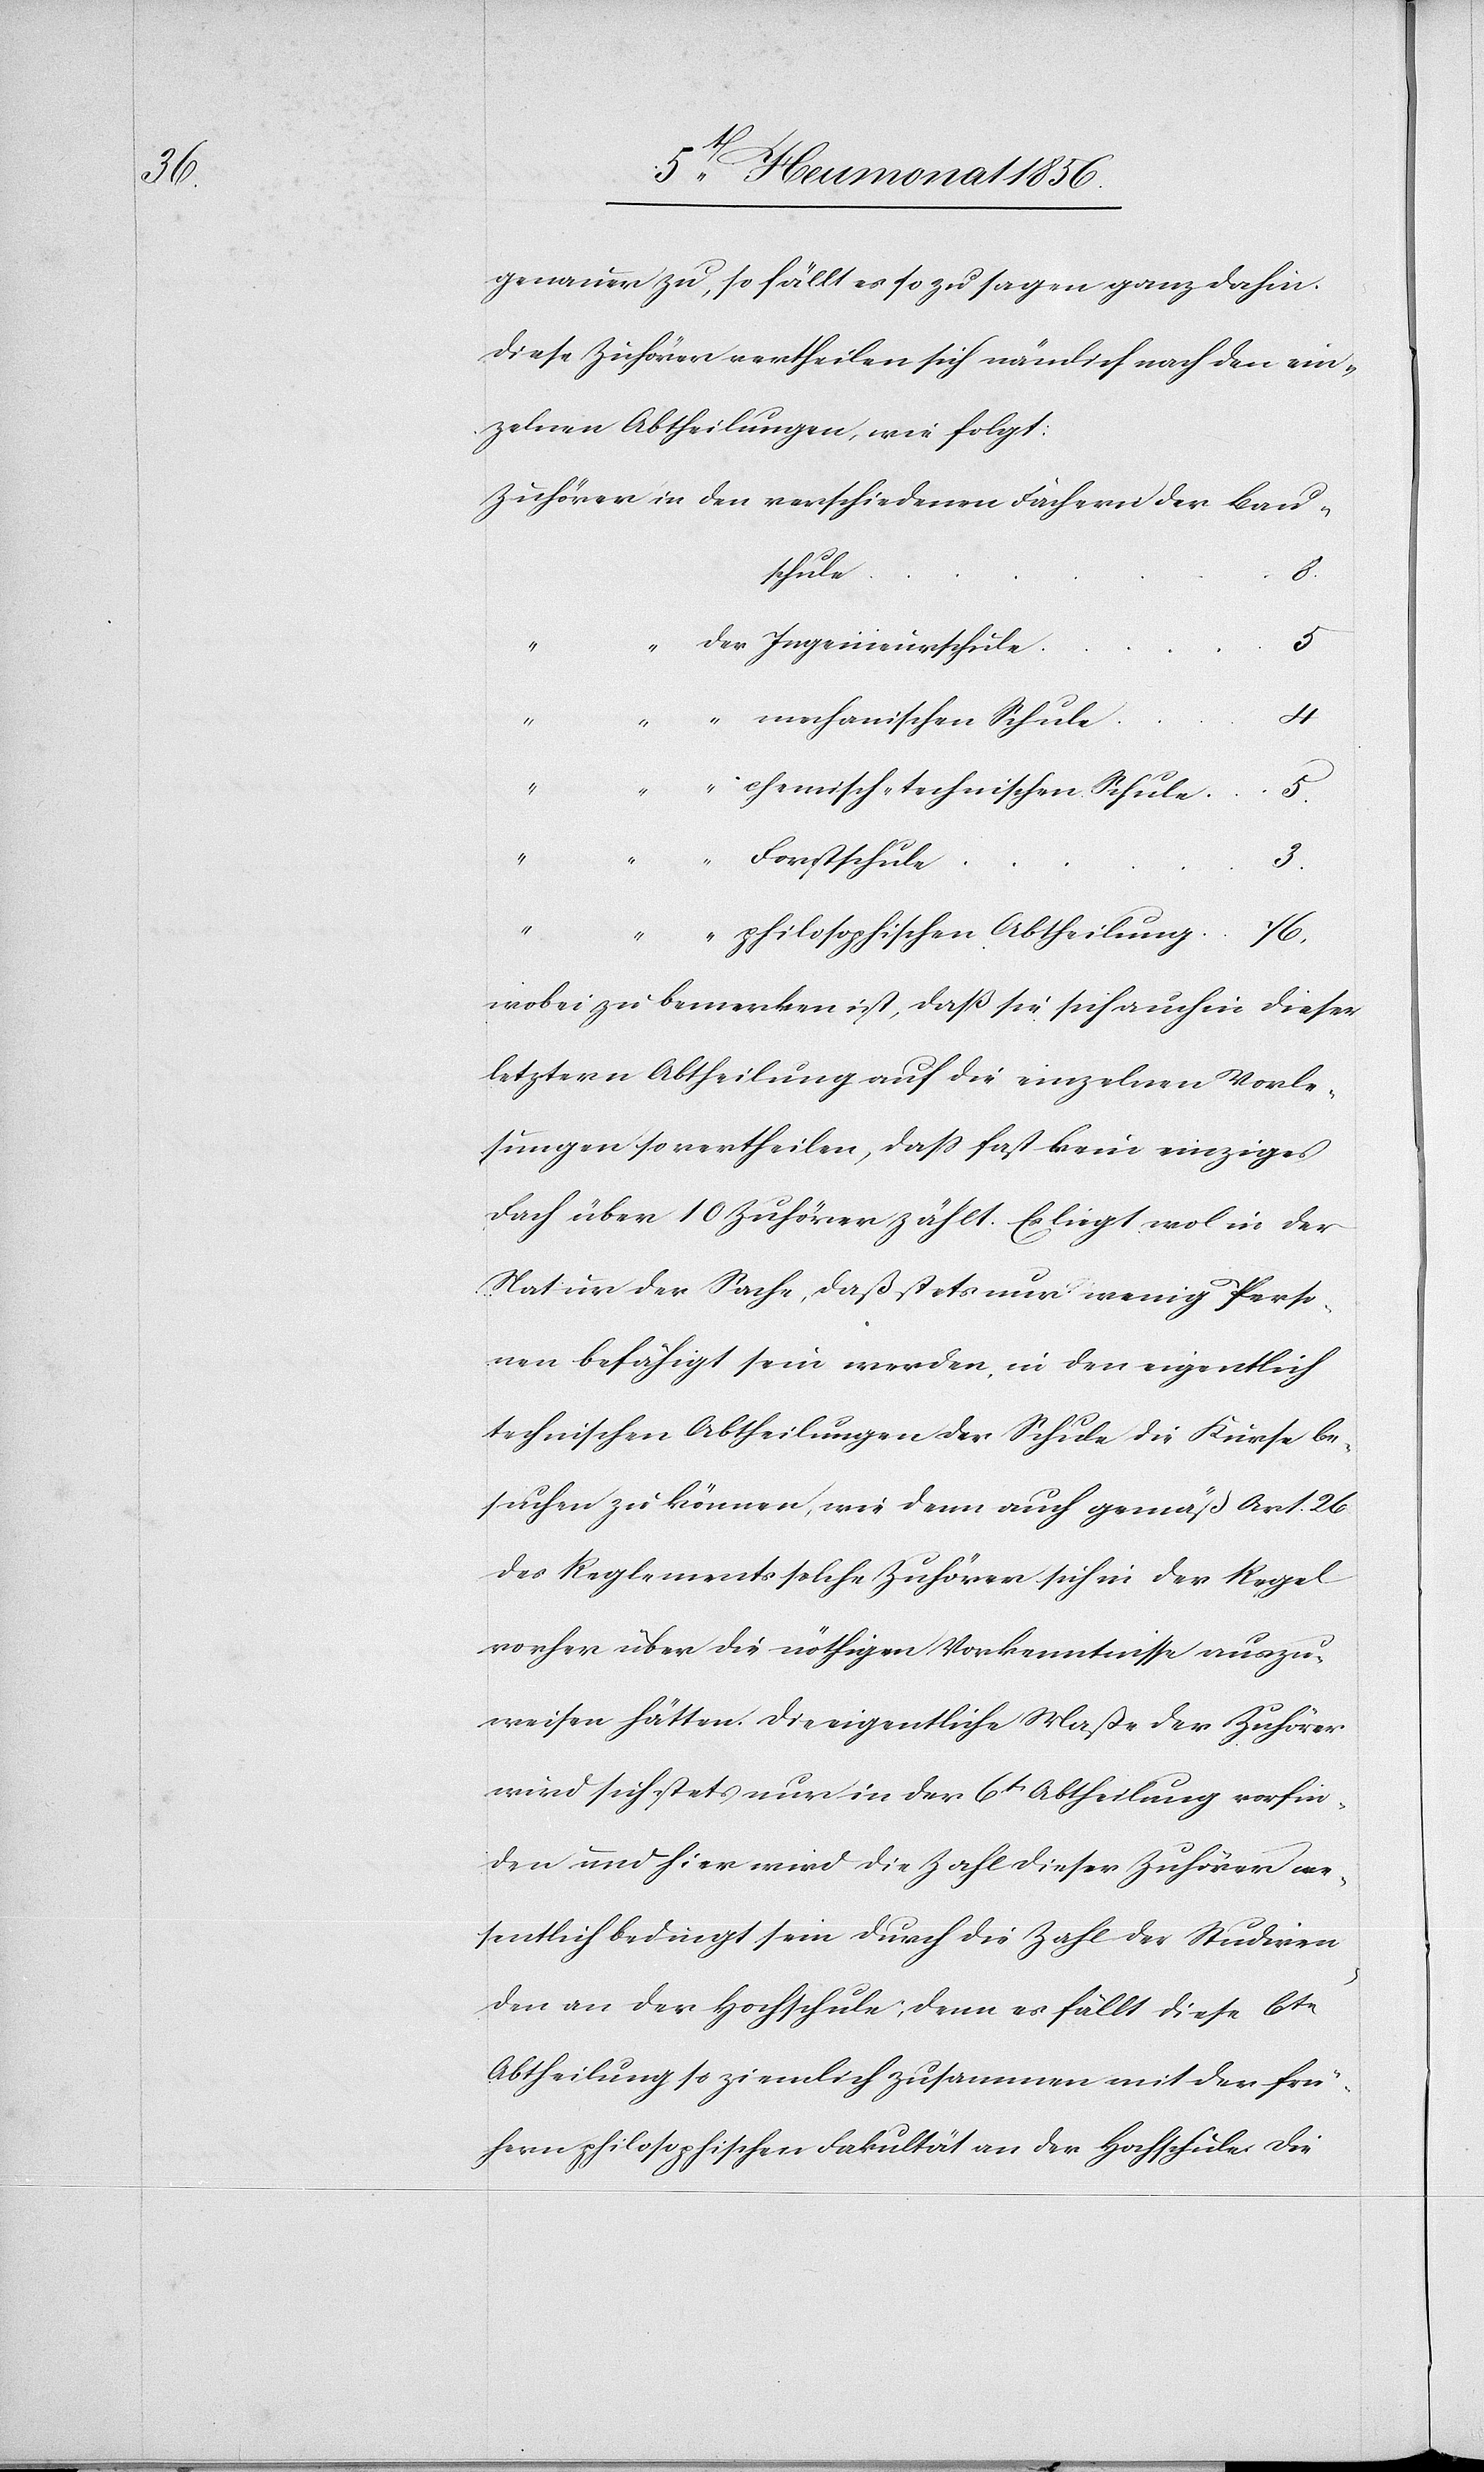
genauer zu, so fällt es so zu sagen ganz dahin.
Diese Zuhörer vertheilen sich nämlich nach den ein¬
zelnen Abtheilungen, wie folgt:
chule
5
mechanischen Schule
chemisch-technischen Schule
5
“
Forstschule
5.
philosophischen Abtheilung
76.
ieurs¬
wobei zu bemerkten ist, dass sie sich auch in dieser
letztern Abtheilung auf die einzelnen Vorle¬
sungen so vertheilen, dass fast kein einziges
Fach über 10 Zuhörer zählt. Es liegt wol in der
Natur der Sache, daß stets nur wenig Perso¬
nen befähigt sein werden, in den eigentlich
technischen Abtheilungen der Schule die Kurse be¬
suchen zu können, wie denn auch gemäß Art. 26
des Reglements solche Zuhörer sich in der Regel
vorher über die nöthigen Vorkenntnisse auszu¬
weisen hätten. Die eigentliche Maße der Zuhörer
wird sich stets nur in der 6t Abtheilung vorfin¬
den und hier wird die Zahl dieser Zuhörer we¬
sentlich bedingt sein durch die Zahl der Studiren¬
den an der Hochschule; denn es fällt diese 6te
Abtheilung so ziemlich zusammen mit der frü¬
hern philosophischen Fakultät an der Hochschule. Die